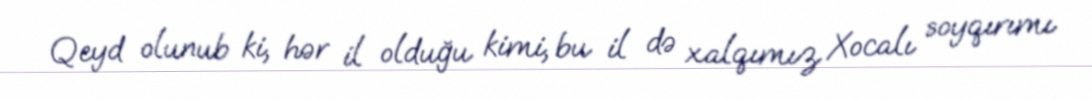
Qeyd olunub ki, hər il olduğu kimi, bu il də xalqımız Xocalı soyqırımı